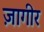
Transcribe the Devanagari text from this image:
ज़ागीर